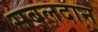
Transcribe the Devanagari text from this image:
सबलदान